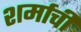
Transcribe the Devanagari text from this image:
शर्माची